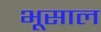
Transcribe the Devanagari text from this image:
भूसाल